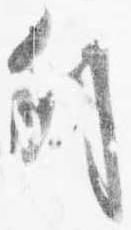
列